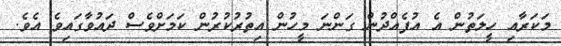
މަކަރާއި ހީލަތުން އެ އުފެއްދުން ގަންނަ މީހުން އިތުރުކުރުން ކަމަށްވެސް ދައުވާގައިވެ އެވެ.